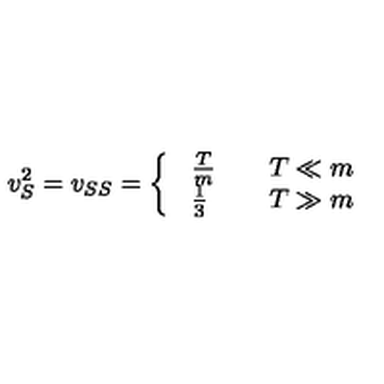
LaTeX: v _ { S } ^ { 2 } = v _ { S S } = \left\{ \ \begin{array} { l l } { \frac T m } & { \quad T \ll m } \\ { \frac 1 3 } & { \quad T \gg m } \\ \end{array} \right.